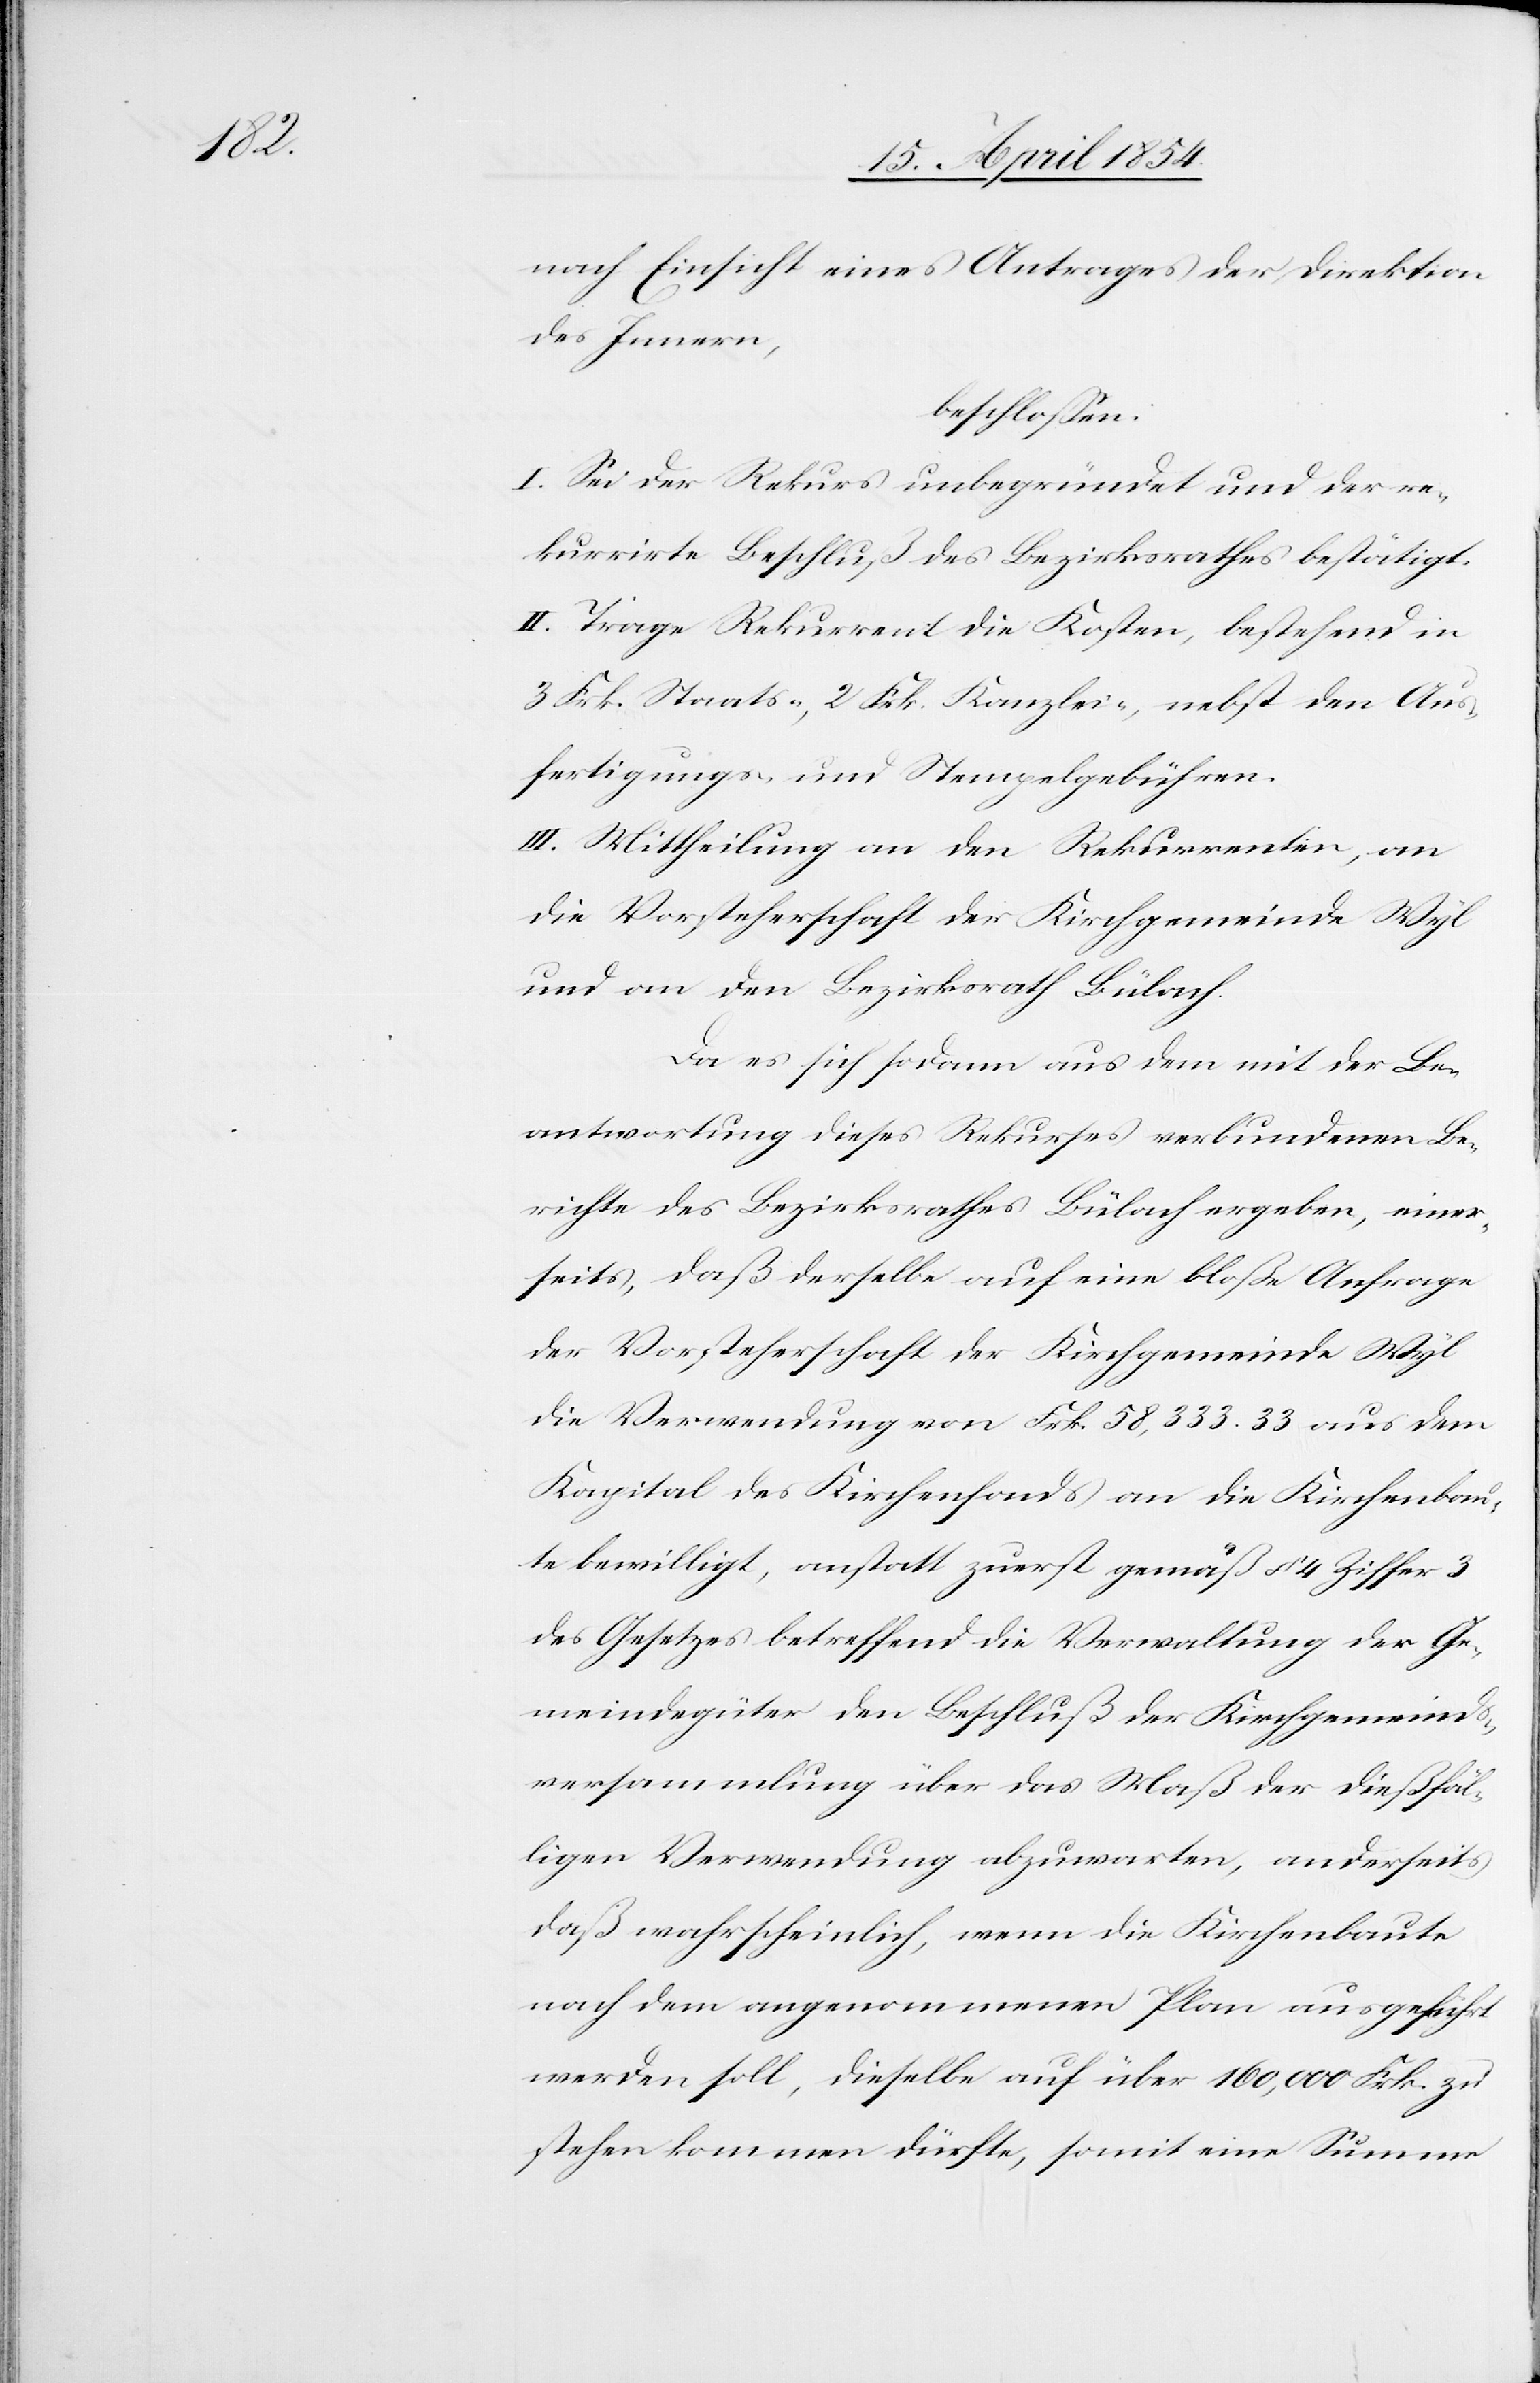
nach Einsicht eines Antrages der Direktion
des Innern,
beschloßen:
I. Sei der Rekurs unbegründet und der re¬
kurrirte Beschluß des Bezirksrathes bestätigt.
II. Trage Rekurrent die Kosten, bestehend in
3 Frk. Staats-, 2 Frk. Kanzlei-, nebst den Aus¬
fertigungs- und Stempelgebühren.
III. Mittheilung an den Rekurrenten, an
die Vorsteherschaft der Kirchgemeinde Wyl
und an den Bezirksrath Bülach.
Da es sich sodann aus dem mit der Be¬
antwortung dieses Rekurses verbundenen Be¬
richte des Bezirksrathes Bülach ergeben, einer¬
seits, daß derselbe auf eine bloße Anfrage
der Vorsteherschaft der Kirchgemeinde Wyl
die Verwendung von Frk. 58,333.33 aus dem
Kapital des Kirchenfonds an die Kirchenbau¬
te bewilligt, anstatt zuerst gemäß § 4 Ziffer 3
des Gesetzes betreffend die Verwaltung der Ge¬
meindegüter den Beschluß der Kirchgemeinds¬
versammlung über das Maß der dießfäl¬
ligen Verwendung abzuwarten, anderseits
daß wahrscheinlich, wenn die Kirchenbaute
nach dem angenommenen Plan ausgeführt
werden soll, dieselbe auf über 100,000 Frk. zu
stehen kommen dürfte, somit eine Summe